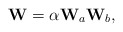
\begin{align*}\mathbf{W} = \alpha\mathbf{W}_a\mathbf{W}_b,\end{align*}